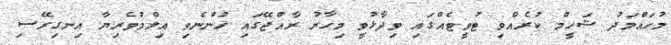
މުހައްމަދު ޝަހީމް ކުރެއްވި ޓުވީޓެއްގައި ވިދާޅުވީ މިހާރު ރާއްޖޭގައި ހުންނެވި އިލްމުވެރިޔާ އިނގިރޭސި